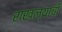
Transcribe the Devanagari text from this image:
राखल्याची